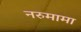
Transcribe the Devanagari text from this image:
नरुमामा